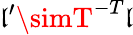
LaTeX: \mathfrak{l}^{\prime}\simT^{-T}\mathfrak{l}